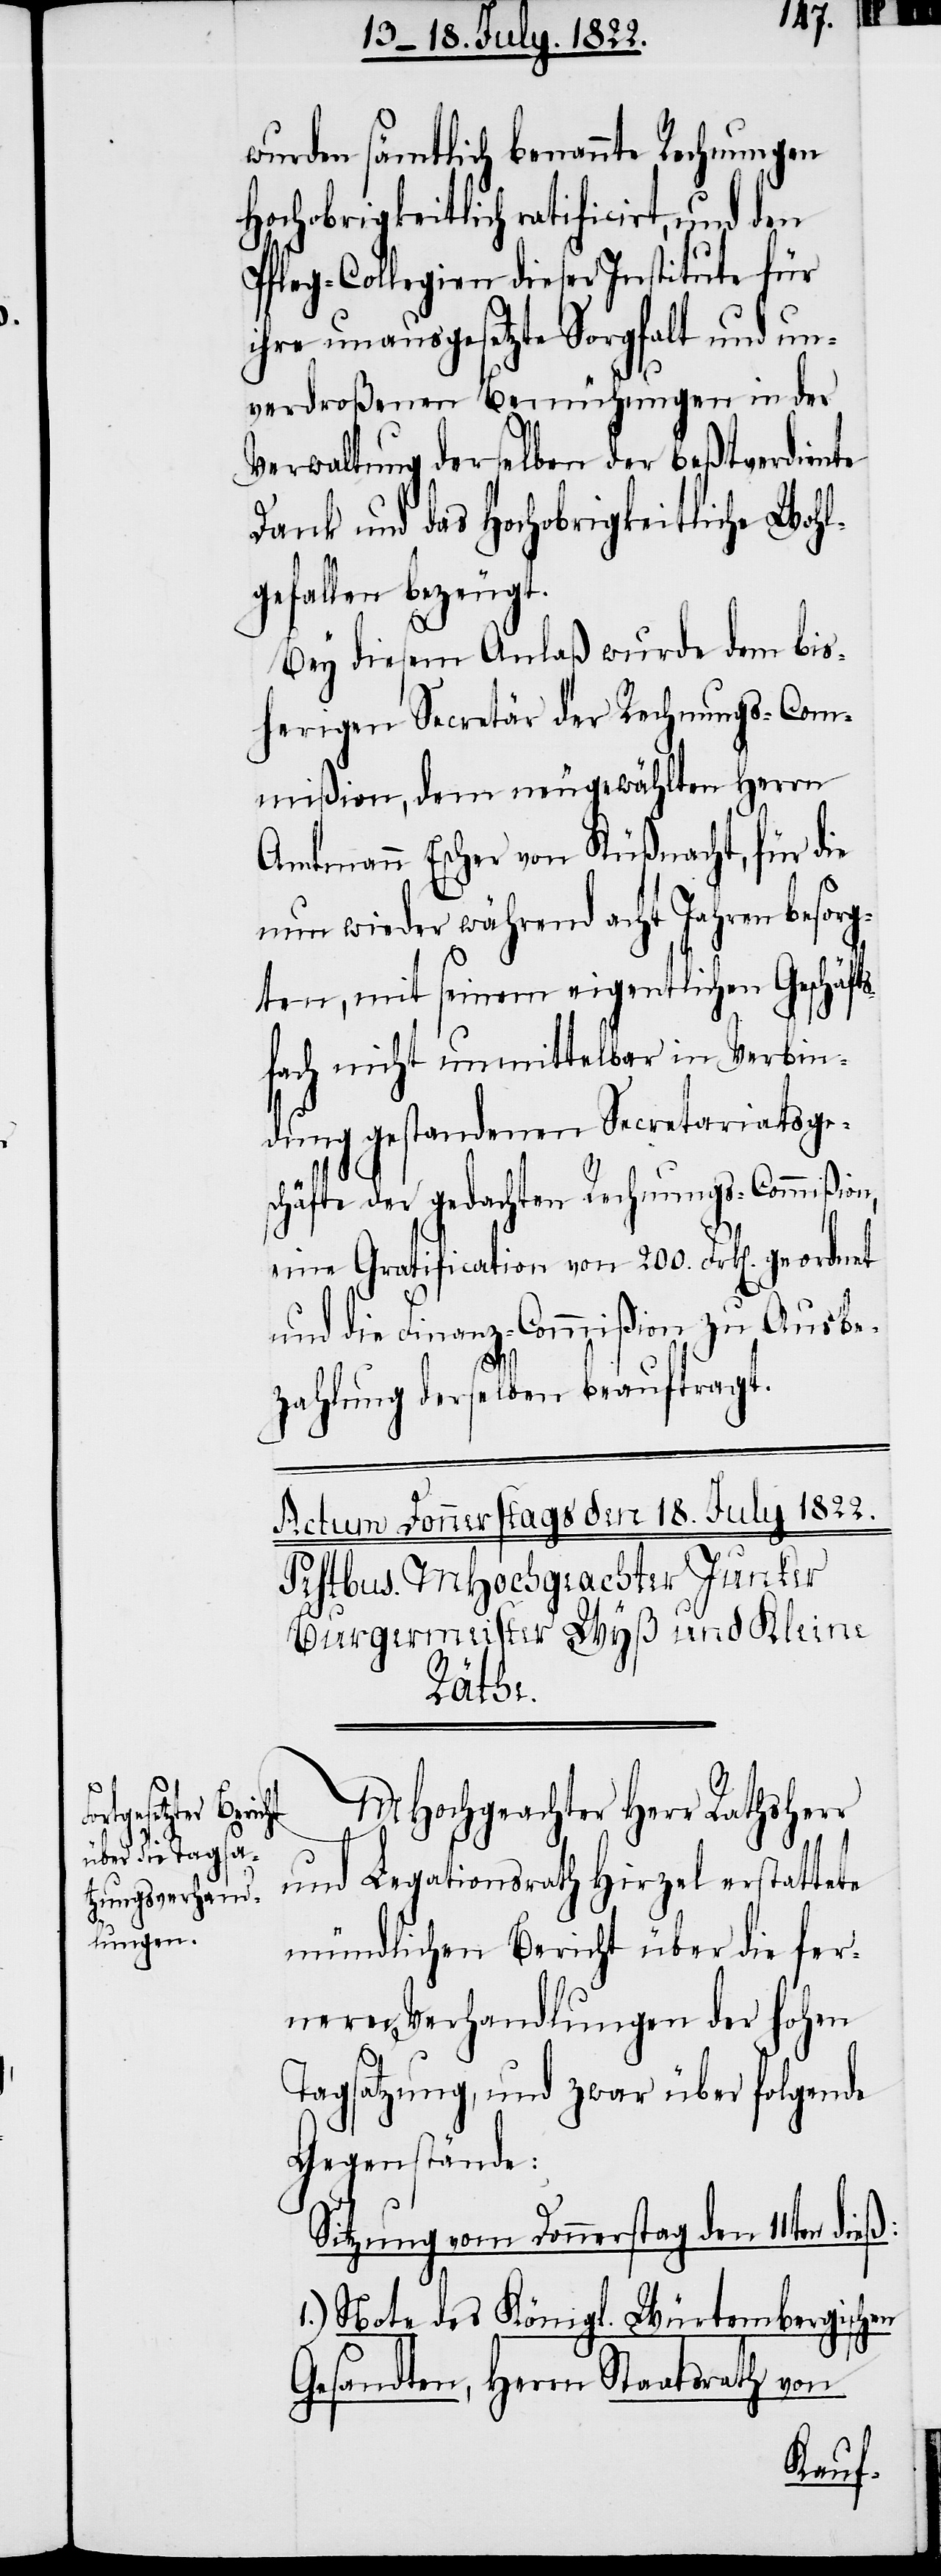
geordnet

wurden sämtlich benannte Rechnungen
Hochobrigkeitlich ratificirt, und den
Pfleg-Collegien dieser Institute für
ihre unausgesetzte Sorgfalt und un¬
verdroßenen Bemühungen in der
Verwaltung derselben der beßtverdiente
Dank und das Hochobrigkeitliche Wohl¬
gefallen bezeugt.
Bey diesem Anlaß wurde dem bis¬
herigen Secretär der Rechnungs-Com¬
mißion, dem neugewählten Herrn
Amtmann Escher von Küßnacht, für die
nun wieder während acht Jahren besorg¬
ten, mit seinem eigentlichen Geschäft¬
sfach nicht unmittelbar in Verbin¬
dung gestandenen Secretariatsge¬
schäfte der gedachten Rechnungs-Commißion,
eine Gratification von 200. Frk[en]
und die Finanz-Commißion zu Aus¬
zahlung derselben beauftragt.
MHochgeachter Herr Rathsherr
und Legationsrath Hirzel erstattete
mündlichen Bericht über die fer¬
neren Verhandlungen der hohen
Tagsatzung, und zwar über folgende
Gegenstände:
Sitzung vom Donnerstag den 11ten
1.) Note des Königl. Würtembergischen
Gesandten, Herrn Staatsrath von